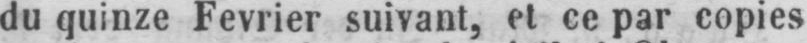
du quinze Fevrier suivant, et ce par copies